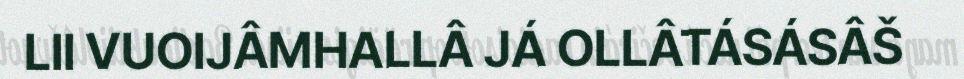
LII VUOIJÂMHALLÂ JÁ OLLÂTÁSÁSÂŠ